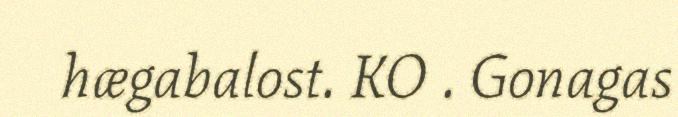
hægabalost. KO . Gonagas